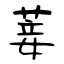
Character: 菨